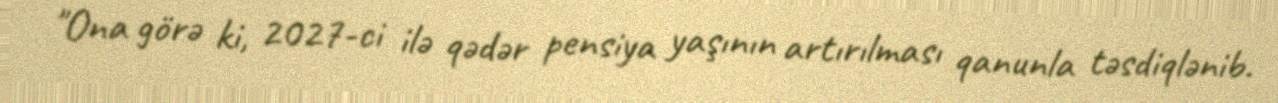
"Ona görə ki, 2027-ci ilə qədər pensiya yaşının artırılması qanunla təsdiqlənib.